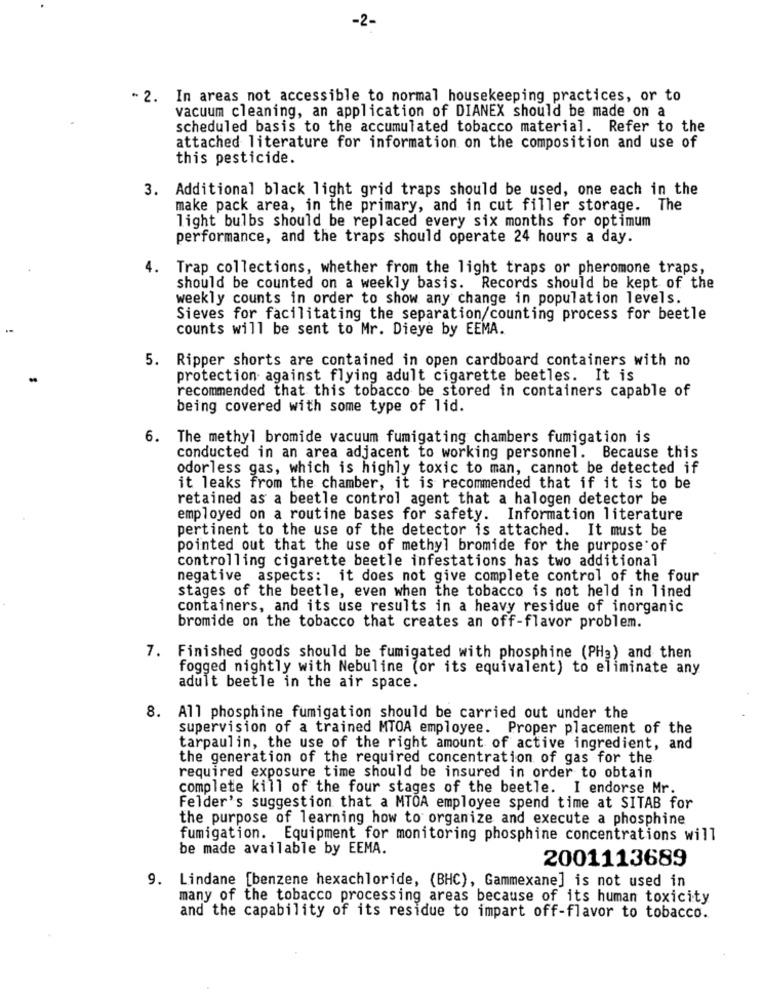
-2-
- 2. In areas not accessible to normal housekeeping practices, or to
vacuum cleaning, an application of DIANEX should be made on a
scheduled basis to the accumulated tobacco material. Refer to the
attached literature for information on the composition and use of
this pesticide.
3. Additional black light grid traps should be used, one each in the
make pack area, in the primary, and in cut filler storage. The
light bulbs should be replaced every six months for optimum
performance, and the traps should operate 24 hours a day.
4. Trap collections, whether from the light traps or pheromone traps,
should be counted on a weekly basis. Records should be kept of the
weekly counts in order to show any change in population levels.
Sieves for facilitating the separation/counting process for beetle
counts will be sent to Mr. Dieye by EEMA.
5. Ripper shorts are contained in open cardboard containers with no
-
protection against flying adult cigarette beetles. It is
recommended that this tobacco be stored in containers capable of
being covered with some type of lid.
6. The methyl bromide vacuum fumigating chambers fumigation is
conducted in an area adjacent to working personnel. Because this
odorless gas, which is highly toxic to man, cannot be detected if
it leaks from the chamber, it is recommended that if it is to be
retained as a beetle control agent that a halogen detector be
employed on a routine bases for safety. Information literature
pertinent to the use of the detector is attached. It must be
pointed out that the use of methyl bromide for the purpose of
controlling cigarette beetle infestations has two additional
negative aspects: it does not give complete control of the four
stages of the beetle, even when the tobacco is not held in lined
containers, and its use results in a heavy residue of inorganic
bromide on the tobacco that creates an off-flavor problem.
7. Finished goods should be fumigated with phosphine (PHa) and then
fogged nightly with Nebuline (or its equivalent) to eliminate any
adult beetle in the air space.
8. All phosphine fumigation should be carried out under the
supervision of a trained MTOA employee. Proper placement of the
tarpaulin, the use of the right amount of active ingredient, and
the generation of the required concentration of gas for the
required exposure time should be insured in order to obtain
complete kill of the four stages of the beetle. I endorse Mr.
Felder's suggestion that a MTOA employee spend time at SITAB for
the purpose of learning how to organize and execute a phosphine
fumigation. Equipment for monitoring phosphine concentrations will
be made available by EEMA.
2001113689
9. Lindane [benzene hexachloride, (BHC), Gammexane] is not used in
many of the tobacco processing areas because of its human toxicity
and the capability of its residue to impart off-flavor to tobacco.